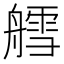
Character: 艝